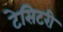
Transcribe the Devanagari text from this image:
टेसिटरी